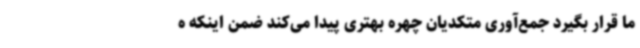
ما قرار بگیرد جمع‌آوری متکدیان چهره بهتری پیدا می‌کند ضمن اینکه ه